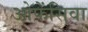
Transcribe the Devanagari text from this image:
ओफेंसिवा